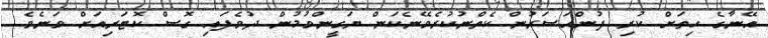
އޭނާގެ ހިތަށް ކުރި ފުންއަސަރުން ކެތްނުކުރެވޭނެކަން ޔަގީންވުމުން ދުވެފައި ގޮސް ކޮޓަރިއަށް ވަނެވެ.